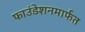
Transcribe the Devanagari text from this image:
फाउंडेशनमार्फत